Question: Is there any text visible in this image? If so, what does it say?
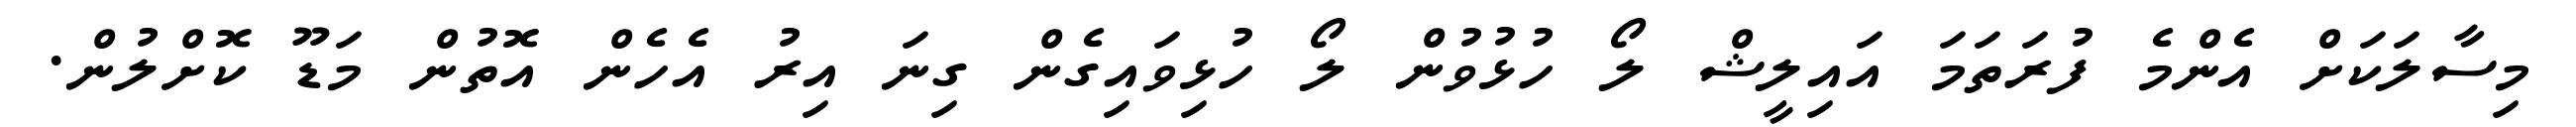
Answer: މިސާލަކަށް އެންމެ ފުރަތަމަ އައިލީޝް ލޯ ހުޅުވުން ލޯ ހުޅިވައިގެން ގިނަ އިރު އެހެން އޮތުން މަޑޫ ކޮށްލުން.